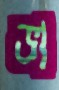
ভা